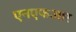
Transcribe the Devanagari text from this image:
एनएफआर